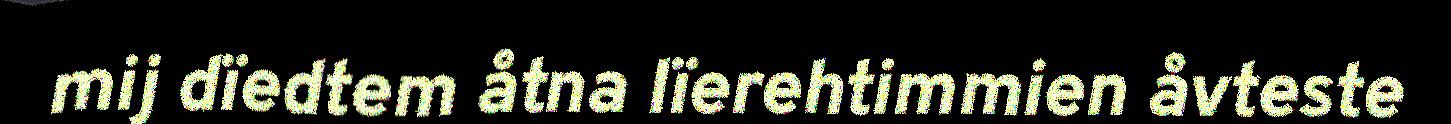
mij dïedtem åtna lïerehtimmien åvteste